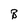
Character: B